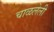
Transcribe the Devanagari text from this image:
चाळलेली